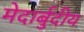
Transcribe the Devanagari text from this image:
मेदार्बुदीय